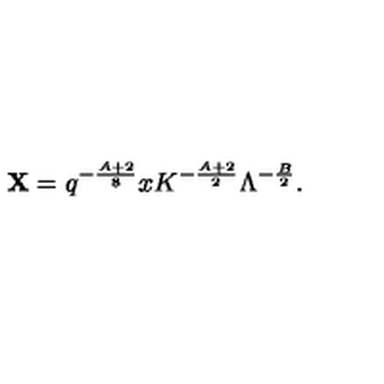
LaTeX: { \bf X } = q ^ { - \frac { A + 2 } { 8 } } x K ^ { - \frac { A + 2 } { 2 } } \Lambda ^ { - \frac { B } { 2 } } .